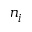
n _ { i }